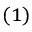
^ { ( 1 ) }